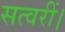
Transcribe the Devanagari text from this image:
सत्वरीं।